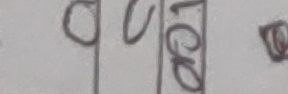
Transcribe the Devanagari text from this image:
०प८०